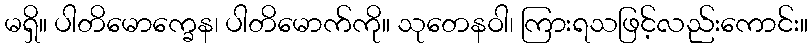
မရှိ။ ပါတိမောက္ခေန၊ ပါတိမောက်ကို။ သုတေနဝါ၊ ကြားရသဖြင့်လည်းကောင်း။